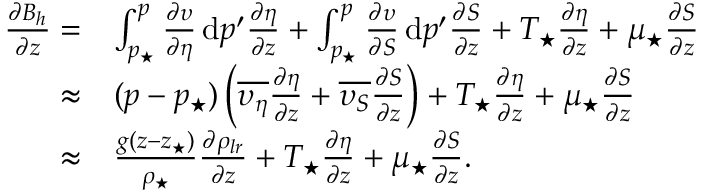
\begin{array} { r l } { \frac { \partial B _ { h } } { \partial z } = } & { \int _ { p _ { \star } } ^ { p } \frac { \partial \upsilon } { \partial \eta } \, \mathrm { d } p ^ { \prime } \frac { \partial \eta } { \partial z } + \int _ { p _ { \star } } ^ { p } \frac { \partial \upsilon } { \partial S } \, \mathrm { d } p ^ { \prime } \frac { \partial S } { \partial z } + T _ { \star } \frac { \partial \eta } { \partial z } + \mu _ { \star } \frac { \partial S } { \partial z } } \\ { \approx } & { ( p - p _ { \star } ) \left( \overline { { \upsilon _ { \eta } } } \frac { \partial \eta } { \partial z } + \overline { { \upsilon _ { S } } } \frac { \partial S } { \partial z } \right) + T _ { \star } \frac { \partial \eta } { \partial z } + \mu _ { \star } \frac { \partial S } { \partial z } } \\ { \approx } & { \frac { g ( z - z _ { \star } ) } { \rho _ { \star } } \frac { \partial \rho _ { l r } } { \partial z } + T _ { \star } \frac { \partial \eta } { \partial z } + \mu _ { \star } \frac { \partial S } { \partial z } . } \end{array}